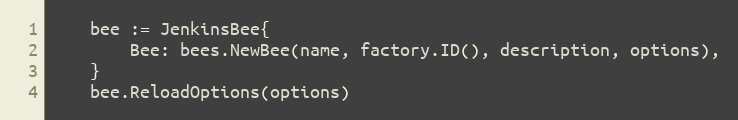
Language: Go
	bee := JenkinsBee{
		Bee: bees.NewBee(name, factory.ID(), description, options),
	}
	bee.ReloadOptions(options)